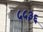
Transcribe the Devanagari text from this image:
५५३६